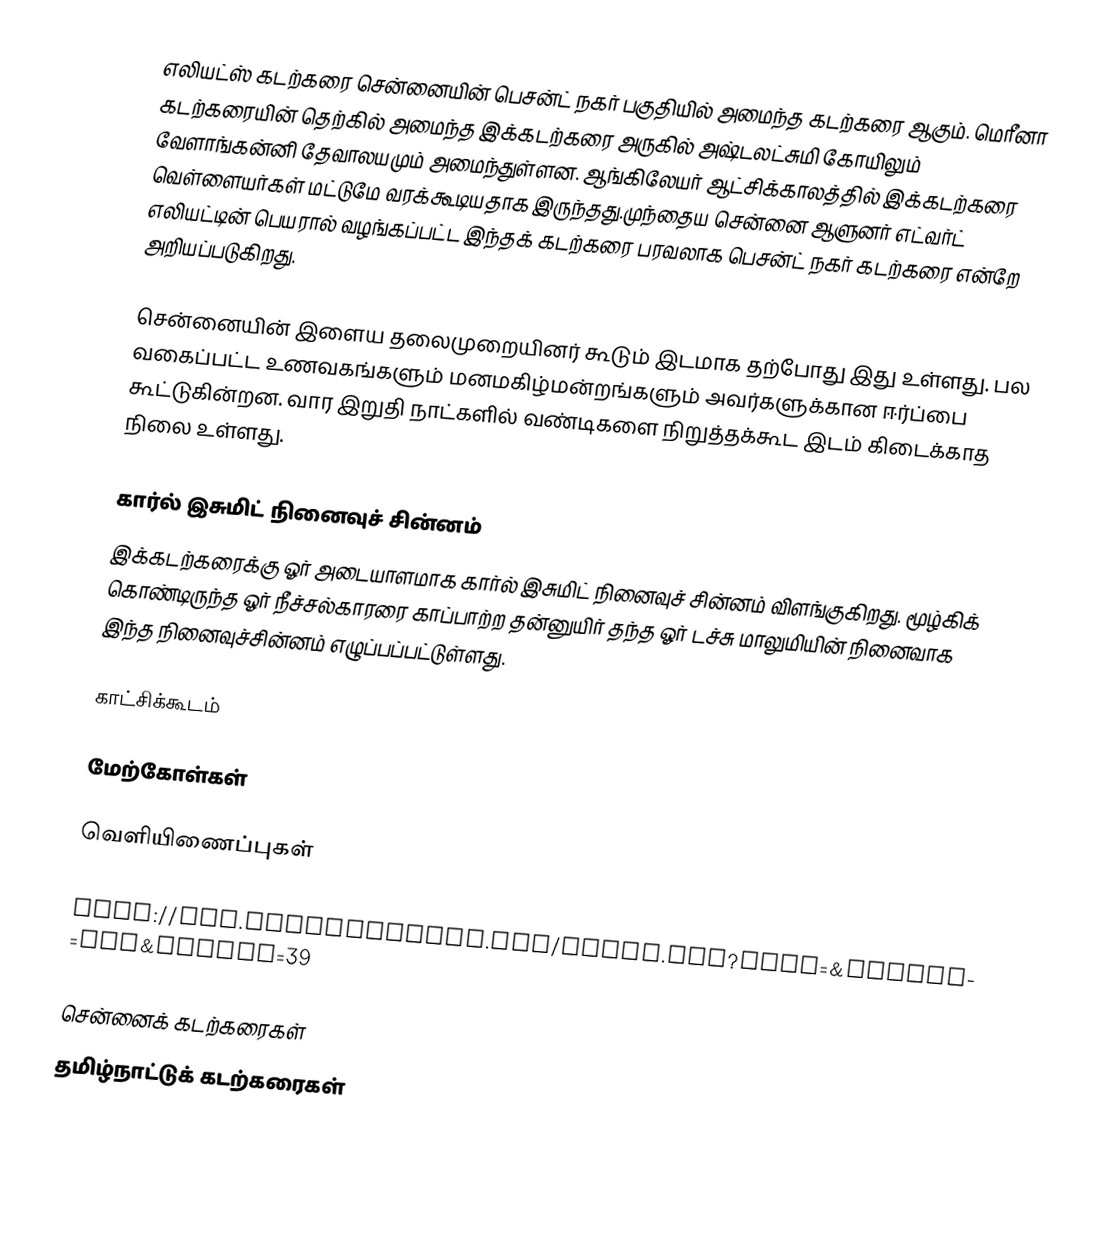
எலியட்ஸ் கடற்கரை சென்னையின் பெசன்ட் நகர் பகுதியில் அமைந்த கடற்கரை ஆகும். மெரீனா கடற்கரையின் தெற்கில் அமைந்த இக்கடற்கரை அருகில் அஷ்டலட்சுமி கோயிலும் வேளாங்கன்னி தேவாலயமும் அமைந்துள்ளன. ஆங்கிலேயர் ஆட்சிக்காலத்தில் இக்கடற்கரை வெள்ளையர்கள் மட்டுமே வரக்கூடியதாக இருந்தது.முந்தைய சென்னை ஆளுனர் எட்வர்ட் எலியட்டின் பெயரால் வழங்கப்பட்ட இந்தக் கடற்கரை பரவலாக பெசன்ட் நகர் கடற்கரை என்றே அறியப்படுகிறது.

சென்னையின் இளைய தலைமுறையினர் கூடும் இடமாக தற்போது இது உள்ளது. பல வகைப்பட்ட உணவகங்களும் மனமகிழ்மன்றங்களும் அவர்களுக்கான ஈர்ப்பை கூட்டுகின்றன. வார இறுதி நாட்களில் வண்டிகளை நிறுத்தக்கூட இடம் கிடைக்காத நிலை உள்ளது.

கார்ல் இசுமிட் நினைவுச் சின்னம்
இக்கடற்கரைக்கு ஓர் அடையாளமாக கார்ல் இசுமிட் நினைவுச் சின்னம் விளங்குகிறது. மூழ்கிக் கொண்டிருந்த ஓர் நீச்சல்காரரை காப்பாற்ற தன்னுயிர் தந்த ஓர் டச்சு மாலுமியின் நினைவாக இந்த நினைவுச்சின்னம் எழுப்பப்பட்டுள்ளது.

காட்சிக்கூடம்

மேற்கோள்கள்

வெளியிணைப்புகள்

 http://www.checkouttrip.com/index.php?dmid=&action=att&shotel=39

சென்னைக் கடற்கரைகள்
தமிழ்நாட்டுக் கடற்கரைகள்